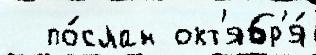
  по́слан окт'ябр'я́